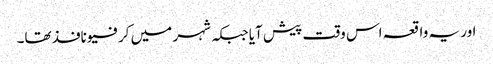
اور یہ واقعہ اس وقت پیش آیا جبکہ شہر میں کرفیو نافذ تھا۔